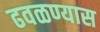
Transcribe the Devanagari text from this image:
ढवळण्यास